system: You are a helpful assistant.
user:
Analyze the provided spectrum to determine if it is a **S-type Star**.

- **Key Indicators for S-type Star:**

    - **(Overall Spectrum Shape):** The first and most obvious characteristic is the overall continuum (the "baseline" shape). It is **extremely "red-sloping,"** meaning the flux (light intensity) is very low on the left side (blue, ~4000-4500 Å) and rises steeply and continuously toward the right side (red, ~7000 Å+).

    - **(Primary):** The spectrum is defined by the presence of strong, broad molecular absorption "valleys" (bands) from **Zirconium Oxide (ZrO)**. The identification of these bands is the **primary requirement** for classifying a star as S-type.
        - **(Key Bandheads):** You must find distinct, deep "dips" where the light has been absorbed. The most critical band systems to locate are:
            - **~6474 Å** ($\gamma$-system): This is often the strongest and clearest ZrO feature, found in the red part of the spectrum.
            - **~5718 Å** & **~5551 Å** ($\beta$-system): A pair of prominent absorption features in the yellow-orange part of the spectrum.
            - **~4640 Å** ($\alpha$-system): A key absorption band system in the blue-green region of the spectrum.

    - **(Secondary Confirmation):** The classification is strengthened by finding additional absorption bands from other related heavy element oxides, which are expected to be present alongside ZrO.
        - **(Key Bandheads):**
            - **Yttrium Oxide (YO):** Look for absorption dips near **~4800 Å** and **~6100 Å**.
            - **Lanthanum Oxide (LaO):** Additional absorption features, particularly in the red-orange part of the spectrum, are also characteristic.

    - **(Line Profile):** The combination of the steep red continuum and these numerous, deep molecular bands (ZrO, YO, etc.) gives the entire spectrum a very **"chopped-up"** or **"bumpy"** appearance. Instead of a smooth curve, the spectrum looks as though large, wide chunks of light have been "carved out" of it at the specific wavelengths listed above.

Think first, call **spectral_visualization_tool** if needed to examine features in detail, then provide your final answer. Your response must adhere to the following strict rules:
1.  **Overall Structure:** Your response must follow the format `<think>...</think> <tool_call>...</tool_call> (if a tool is used) <answer>...</answer>`.
2.  **Tool Usage Constraint:** You may only make **one** tool call per turn.
3.  **Final Answer Format:** In the `<answer>` tag, your conclusion must be inside a `\boxed{}` command (e.g., `\boxed{YES}` or `\boxed{NO}`), followed by your justification.

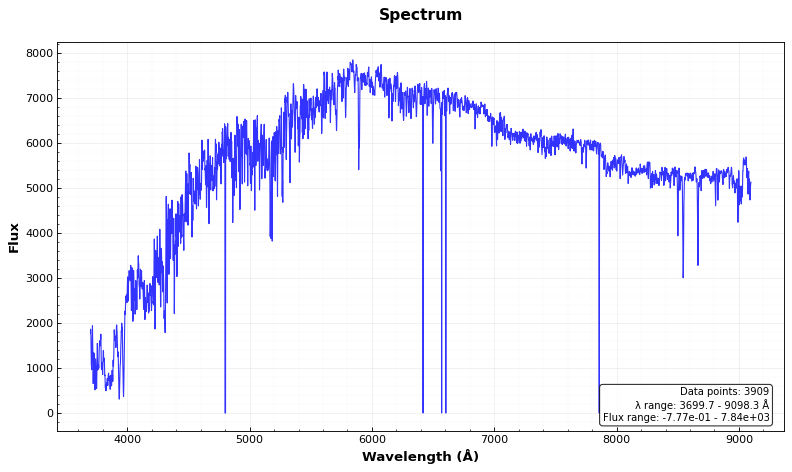
Answer: NO